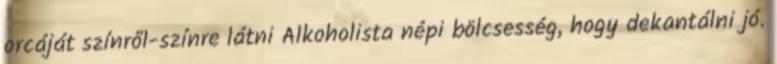
orcáját színről-színre látni Alkoholista népi bölcsesség, hogy dekantálni jó.